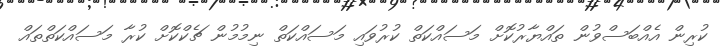
ކުރިން އެއްބަސްވުން ތައްޔާރުކޮށް މަސައްކަތް ކުރުވައި މަސައްކަތް ނިމުމުން ޗެކްކޮށް ކުރާ މަސައްކަތްތައް